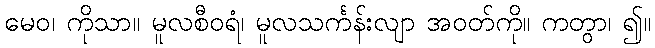
မေဝ၊ ကိုသာ။ မူလစီဝရံ၊ မူလသင်္ကန်းလျာ အဝတ်ကို။ ကတွာ၊ ၍။